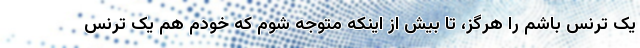
یک ترنس باشم را هرگز، تا بیش از اینکه متوجه شوم که خودم هم یک ترنس